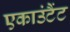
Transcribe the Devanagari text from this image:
एकाउंटैंट